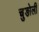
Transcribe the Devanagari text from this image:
चुङोली